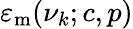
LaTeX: \varepsilon_{\mathrm{{m}}}(\nu_{k};c,p)